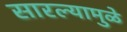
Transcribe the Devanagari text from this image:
सारल्यामुळे